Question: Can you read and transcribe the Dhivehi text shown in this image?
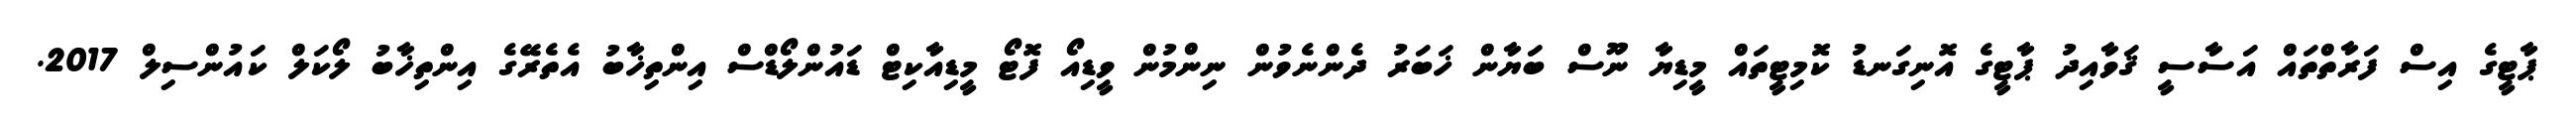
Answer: ޕާޓީގެ އިސް ފަރާތްތައް އަސާސީ ޤަވާއިދު ޕާޓީގެ އޮނިގަނޑު ކޮމިޓީތައް މީޑިޔާ ނޫސް ބަޔާން ޚަބަރު ދެންނެވުން ނިންމުން ވީޑިއޯ ފޮޓޯ މީޑިއާކިޓް ޑައުންލޯޑްސް އިންތިޚާބު އެތެރޭގެ އިންތިޚާބު ލޯކަލް ކައުންސިލް 2017.